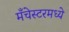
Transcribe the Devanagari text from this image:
मँचेस्टरमध्ये